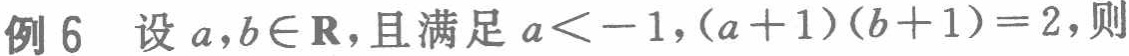
例 6 设 \(a,b\in\mathbf{R}\)，且满足 \(a < -1,(a + 1)(b + 1)=2\)，则